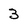
Character: 3